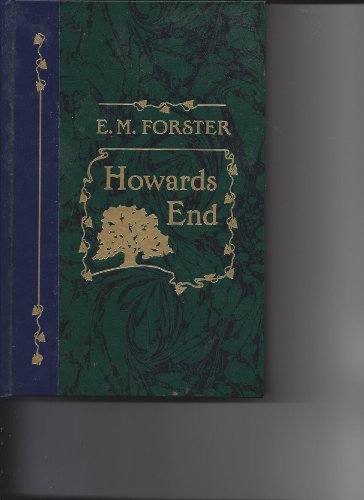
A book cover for Howards End; E.M. Forester; Crafts, Hobbies & Home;